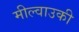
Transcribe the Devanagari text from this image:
मील्वाउकी